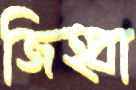
জিহ্বা